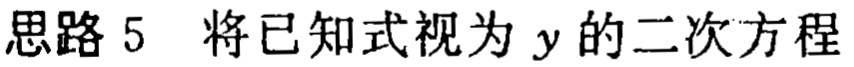
思路 5 将已知式视为 \(y\) 的二次方程